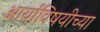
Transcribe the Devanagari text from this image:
आर्यांविषयीच्या